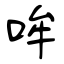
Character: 哞